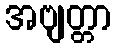
အဗျတ္တာ